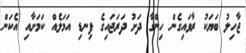
ޖާހިލު ބަޔަކު ރާވައިގެން ހިންގާ ދަށު ދަރަޖައިގެ ފިނޑި އަމަލެއް ކަމަށާއި އެކަން